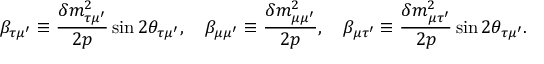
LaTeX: \beta _ { \tau \mu ^ { \prime } } \equiv { \frac { \delta m _ { \tau \mu ^ { \prime } } ^ { 2 } } { 2 p } } \sin 2 \theta _ { \tau \mu ^ { \prime } } , \quad \beta _ { \mu \mu ^ { \prime } } \equiv { \frac { \delta m _ { \mu \mu ^ { \prime } } ^ { 2 } } { 2 p } } , \quad \beta _ { \mu \tau ^ { \prime } } \equiv { \frac { \delta m _ { \mu \tau ^ { \prime } } ^ { 2 } } { 2 p } } \sin 2 \theta _ { \tau \mu ^ { \prime } } .